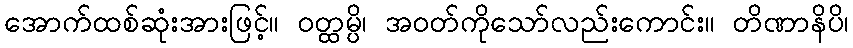
အောက်ထစ်ဆုံးအားဖြင့်။ ဝတ္ထမ္ပိ၊ အဝတ်ကိုသော်လည်းကောင်း။ တိဏာနိပိ၊